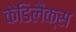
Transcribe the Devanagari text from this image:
केडिलैक्‍स